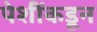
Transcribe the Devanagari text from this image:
पेशींकडून